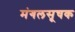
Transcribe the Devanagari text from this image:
मंगलसूचक